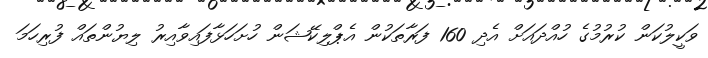
ވަކީލުކަން ކުރުމުގެ ހުއްދައަށް އެދި 160 ފަރާތަކުން އެޕްލިކޭޝަން ހުށަހަޅާފައިވާއިރު ލިޔުންތައް ފުރިހަމަ